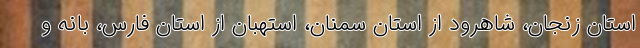
استان زنجان، شاهرود از استان سمنان، استهبان از استان فارس، بانه و